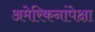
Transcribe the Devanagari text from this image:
अमेरिकनांपेक्षा